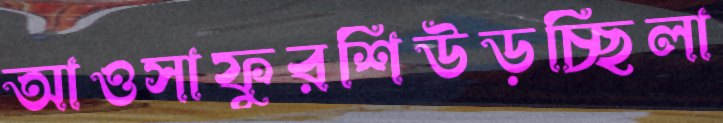
আওসাফুরশিউড়চ্ছিলা